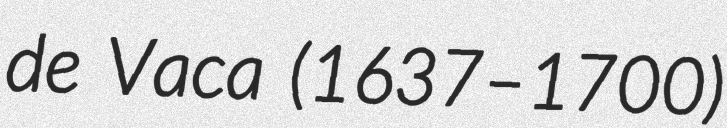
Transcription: de Vaca (1637–1700)